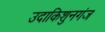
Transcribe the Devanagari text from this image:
उदाकिशुनगंज